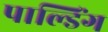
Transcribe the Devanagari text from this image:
पाल्डिंग